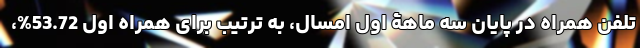
تلفن همراه در پایان سه ماهۀ اول امسال، به ترتیب برای همراه اول 53.72%،